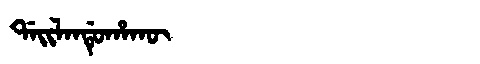
Manchu: ᡩᠠᡳᠯᠠᠨᡩᡠᡥᠠᡴᡡ
Romanization: DAILANDUHAKŪ